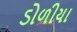
ડોળીયા